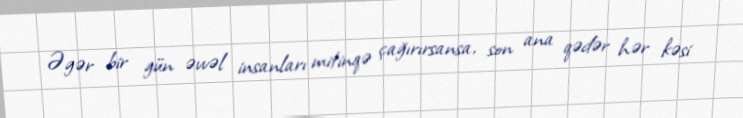
Əgər bir gün əvvəl insanları mitinqə çağırırsansa, son ana qədər hər kəsi